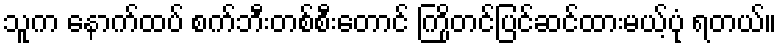
သူက နောက်ထပ် စက်ဘီးတစ်စီးတောင် ကြိုတင်ပြင်ဆင်ထားမယ့်ပုံ ရတယ်။